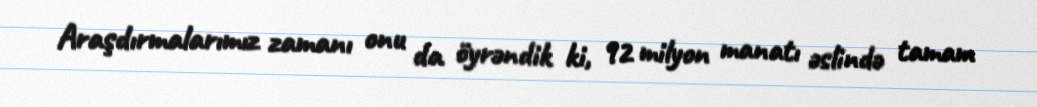
Araşdırmalarımız zamanı onu da öyrəndik ki, 92 milyon manatı əslində tamam